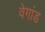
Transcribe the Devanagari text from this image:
वेगांड